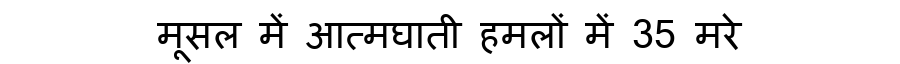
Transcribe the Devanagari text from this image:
मूसल में आत्मघाती हमलों में 35 मरे